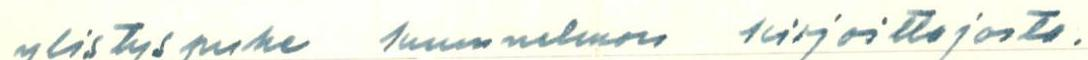
ylistyspuhe kuunnelman kirjoittajosta.